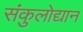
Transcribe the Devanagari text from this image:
संकुलोद्यान